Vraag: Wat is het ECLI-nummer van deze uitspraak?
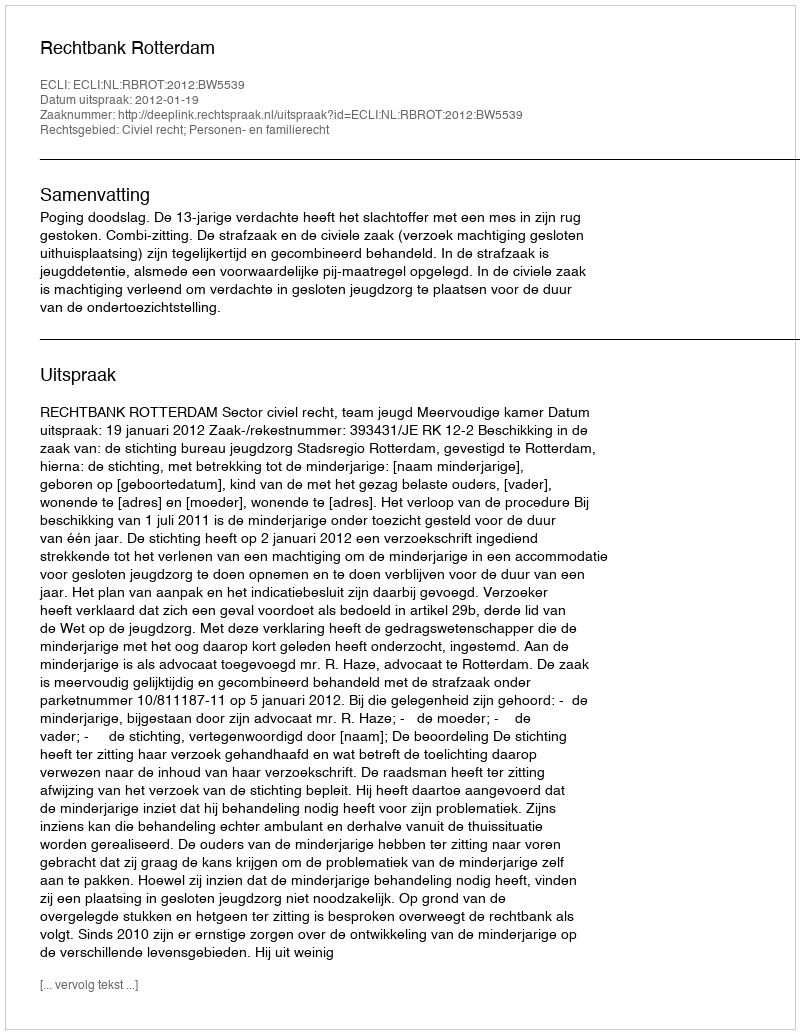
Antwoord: ECLI:NL:RBROT:2012:BW5539